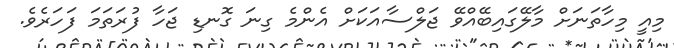
މިއީ މިހާތަނަށް މާލޭގައިބޭއްވޭ ޖަލްސާއަކަށް އެންމެ ގިނަ ގޮނޑި ޖަހާ ފުރަތަމަ ފަހަރެވެ.